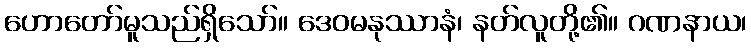
ဟောတော်မူသည်ရှိသော်။ ဒေဝမနုဿာနံ၊ နတ်လူတို့၏။ ဂဏနာယ၊